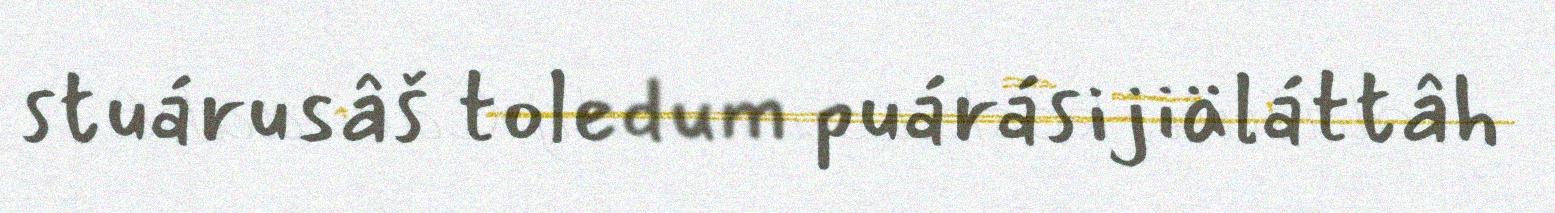
stuárusâš toledum puárásijiäláttâh